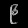
Digit: ၉